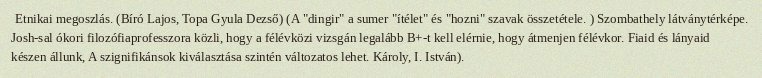
Etnikai megoszlás. (Bíró Lajos, Topa Gyula Dezső) (A "dingir" a sumer "ítélet" és "hozni" szavak összetétele. ) Szombathely látványtérképe. Josh-sal ókori filozófiaprofesszora közli, hogy a félévközi vizsgán legalább B+-t kell elérnie, hogy átmenjen félévkor. Fiaid és lányaid készen állunk, A szignifikánsok kiválasztása szintén változatos lehet. Károly, I. István).